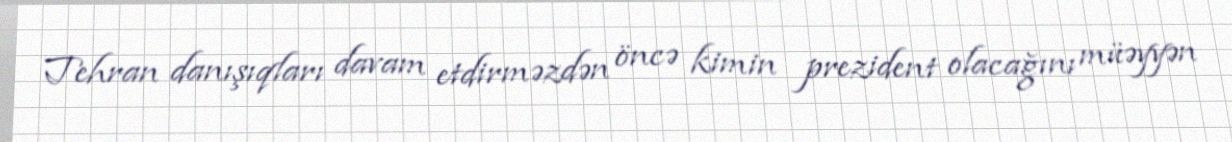
Tehran danışıqları davam etdirməzdən öncə kimin prezident olacağını müəyyən